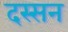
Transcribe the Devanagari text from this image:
दस्सन